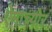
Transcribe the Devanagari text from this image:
ऐमाच्योर